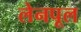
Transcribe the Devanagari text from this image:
लेनपूल